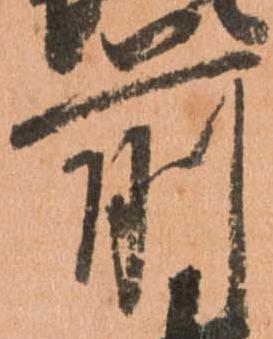
前